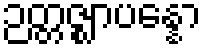
ဉတ္တဇ္ဈာပန္နော